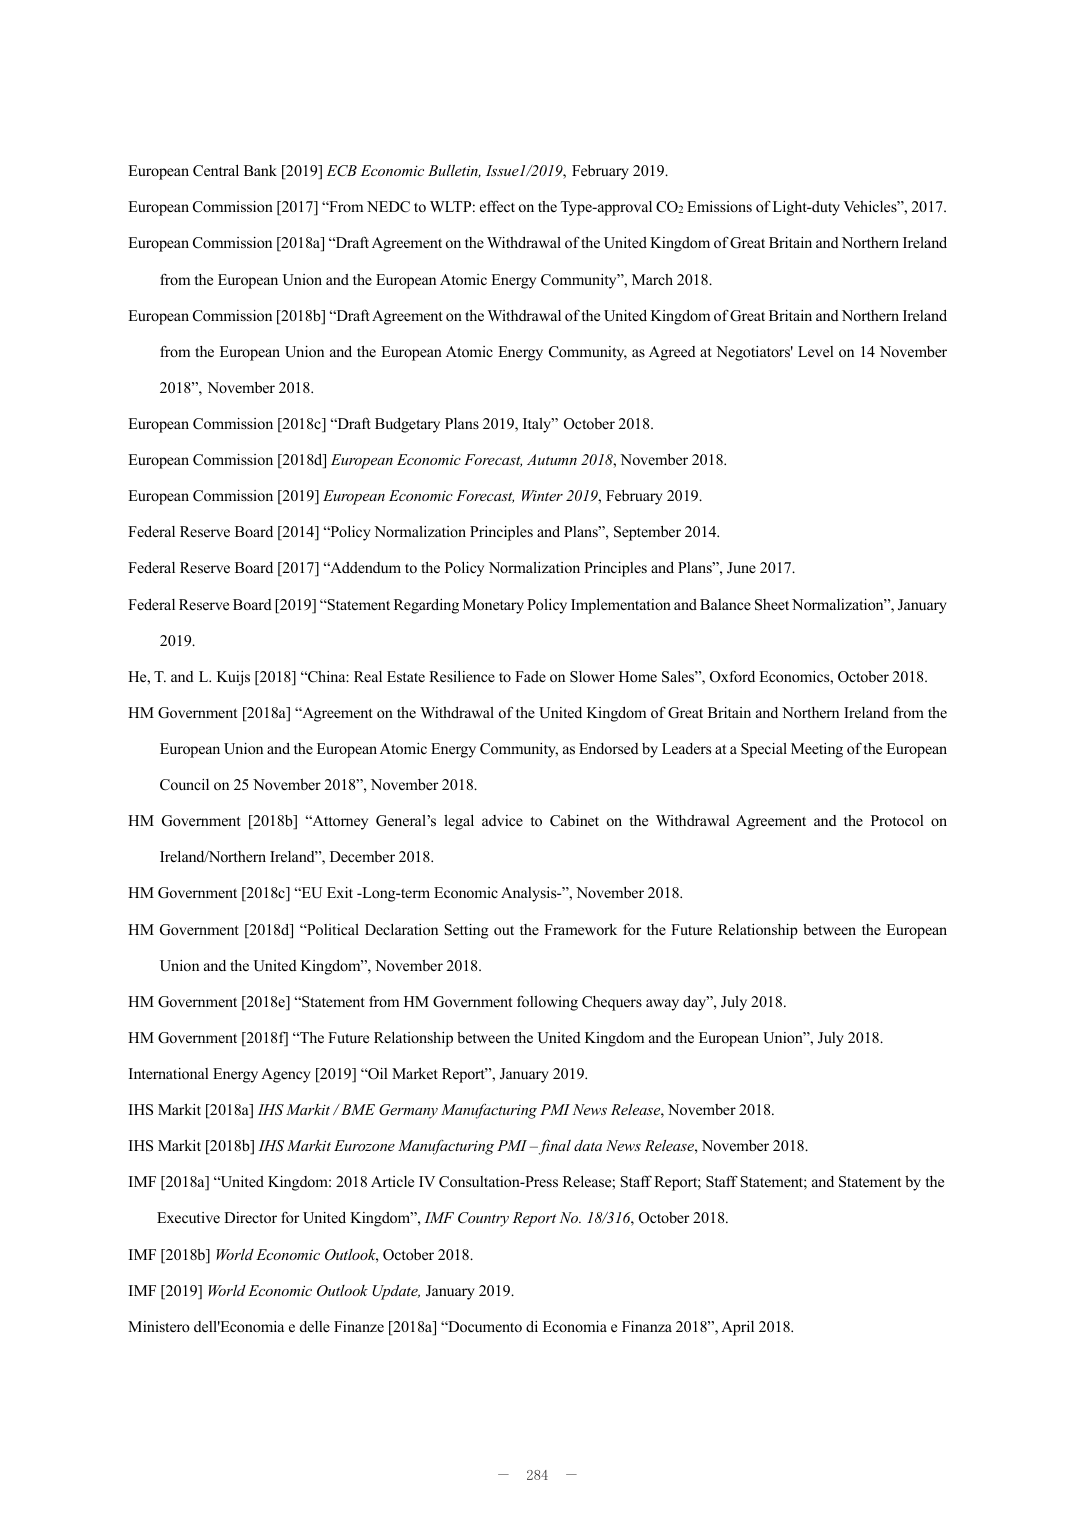
European Central Bank [2019] ECB Economic Bulletin, Issue I/2019, February 2019.

European Commission [2017] “From NEDC to WLTP: effect on the Type-approval CO₂ Emissions of Light-duty Vehicles”, 2017.

European Commission [2018a] “Draft Agreement on the Withdrawal of the United Kingdom of Great Britain and Northern Ireland from the European Union and the European Atomic Energy Community”, March 2018.

European Commission [2018b] “Draft Agreement on the Withdrawal of the United Kingdom of Great Britain and Northern Ireland from the European Union and the European Atomic Energy Community, as Agreed at Negotiators’ Level on 14 November 2018”, November 2018.

European Commission [2018c] “Draft Budgetary Plans 2019, Italy” October 2018.

European Commission [2018d] European Economic Forecast, Autumn 2018, November 2018.

European Commission [2019] European Economic Forecast, Winter 2019, February 2019.

Federal Reserve Board [2014] “Policy Normalization Principles and Plans”, September 2014.

Federal Reserve Board [2017] “Addendum to the Policy Normalization Principles and Plans”, June 2017.

Federal Reserve Board [2019] “Statement Regarding Monetary Policy Implementation and Balance Sheet Normalization”, January 2019.

He, T. and L. Kuijs [2018] “China: Real Estate Resilience to Fade on Slower Home Sales”, Oxford Economics, October 2018.

HM Government [2018a] “Agreement on the Withdrawal of the United Kingdom of Great Britain and Northern Ireland from the European Union and the European Atomic Energy Community, as Endorsed by Leaders at a Special Meeting of the European Council on 25 November 2018”, November 2018.

HM Government [2018b] “Attorney General’s legal advice to Cabinet on the Withdrawal Agreement and the Protocol on Ireland/Northern Ireland”, December 2018.

HM Government [2018c] “EU Exit -Long-term Economic Analysis-”, November 2018.

HM Government [2018d] “Political Declaration Setting out the Framework for the Future Relationship between the European Union and the United Kingdom”, November 2018.

HM Government [2018e] “Statement from HM Government following Chequers away day”, July 2018.

HM Government [2018f] “The Future Relationship between the United Kingdom and the European Union”, July 2018.

International Energy Agency [2019] “Oil Market Report”, January 2019.

IHS Markit [2018a] IHS Markit / BME Germany Manufacturing PMI News Release, November 2018.

IHS Markit [2018b] IHS Markit Eurozone Manufacturing PMI – final data News Release, November 2018.

IMF [2018a] “United Kingdom: 2018 Article IV Consultation-Press Release; Staff Report; Staff Statement; and Statement by the Executive Director for United Kingdom”, IMF Country Report No. 18/316, October 2018.

IMF [2018b] World Economic Outlook, October 2018.

IMF [2019] World Economic Outlook Update, January 2019.

Ministero dell’Economia e delle Finanze [2018a] “Documento di Economia e Finanza 2018”, April 2018.

— 284 —